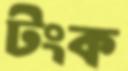
টংক